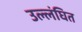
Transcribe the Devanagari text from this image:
उल्लंघित